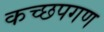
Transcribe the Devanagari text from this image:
कच्छपगण